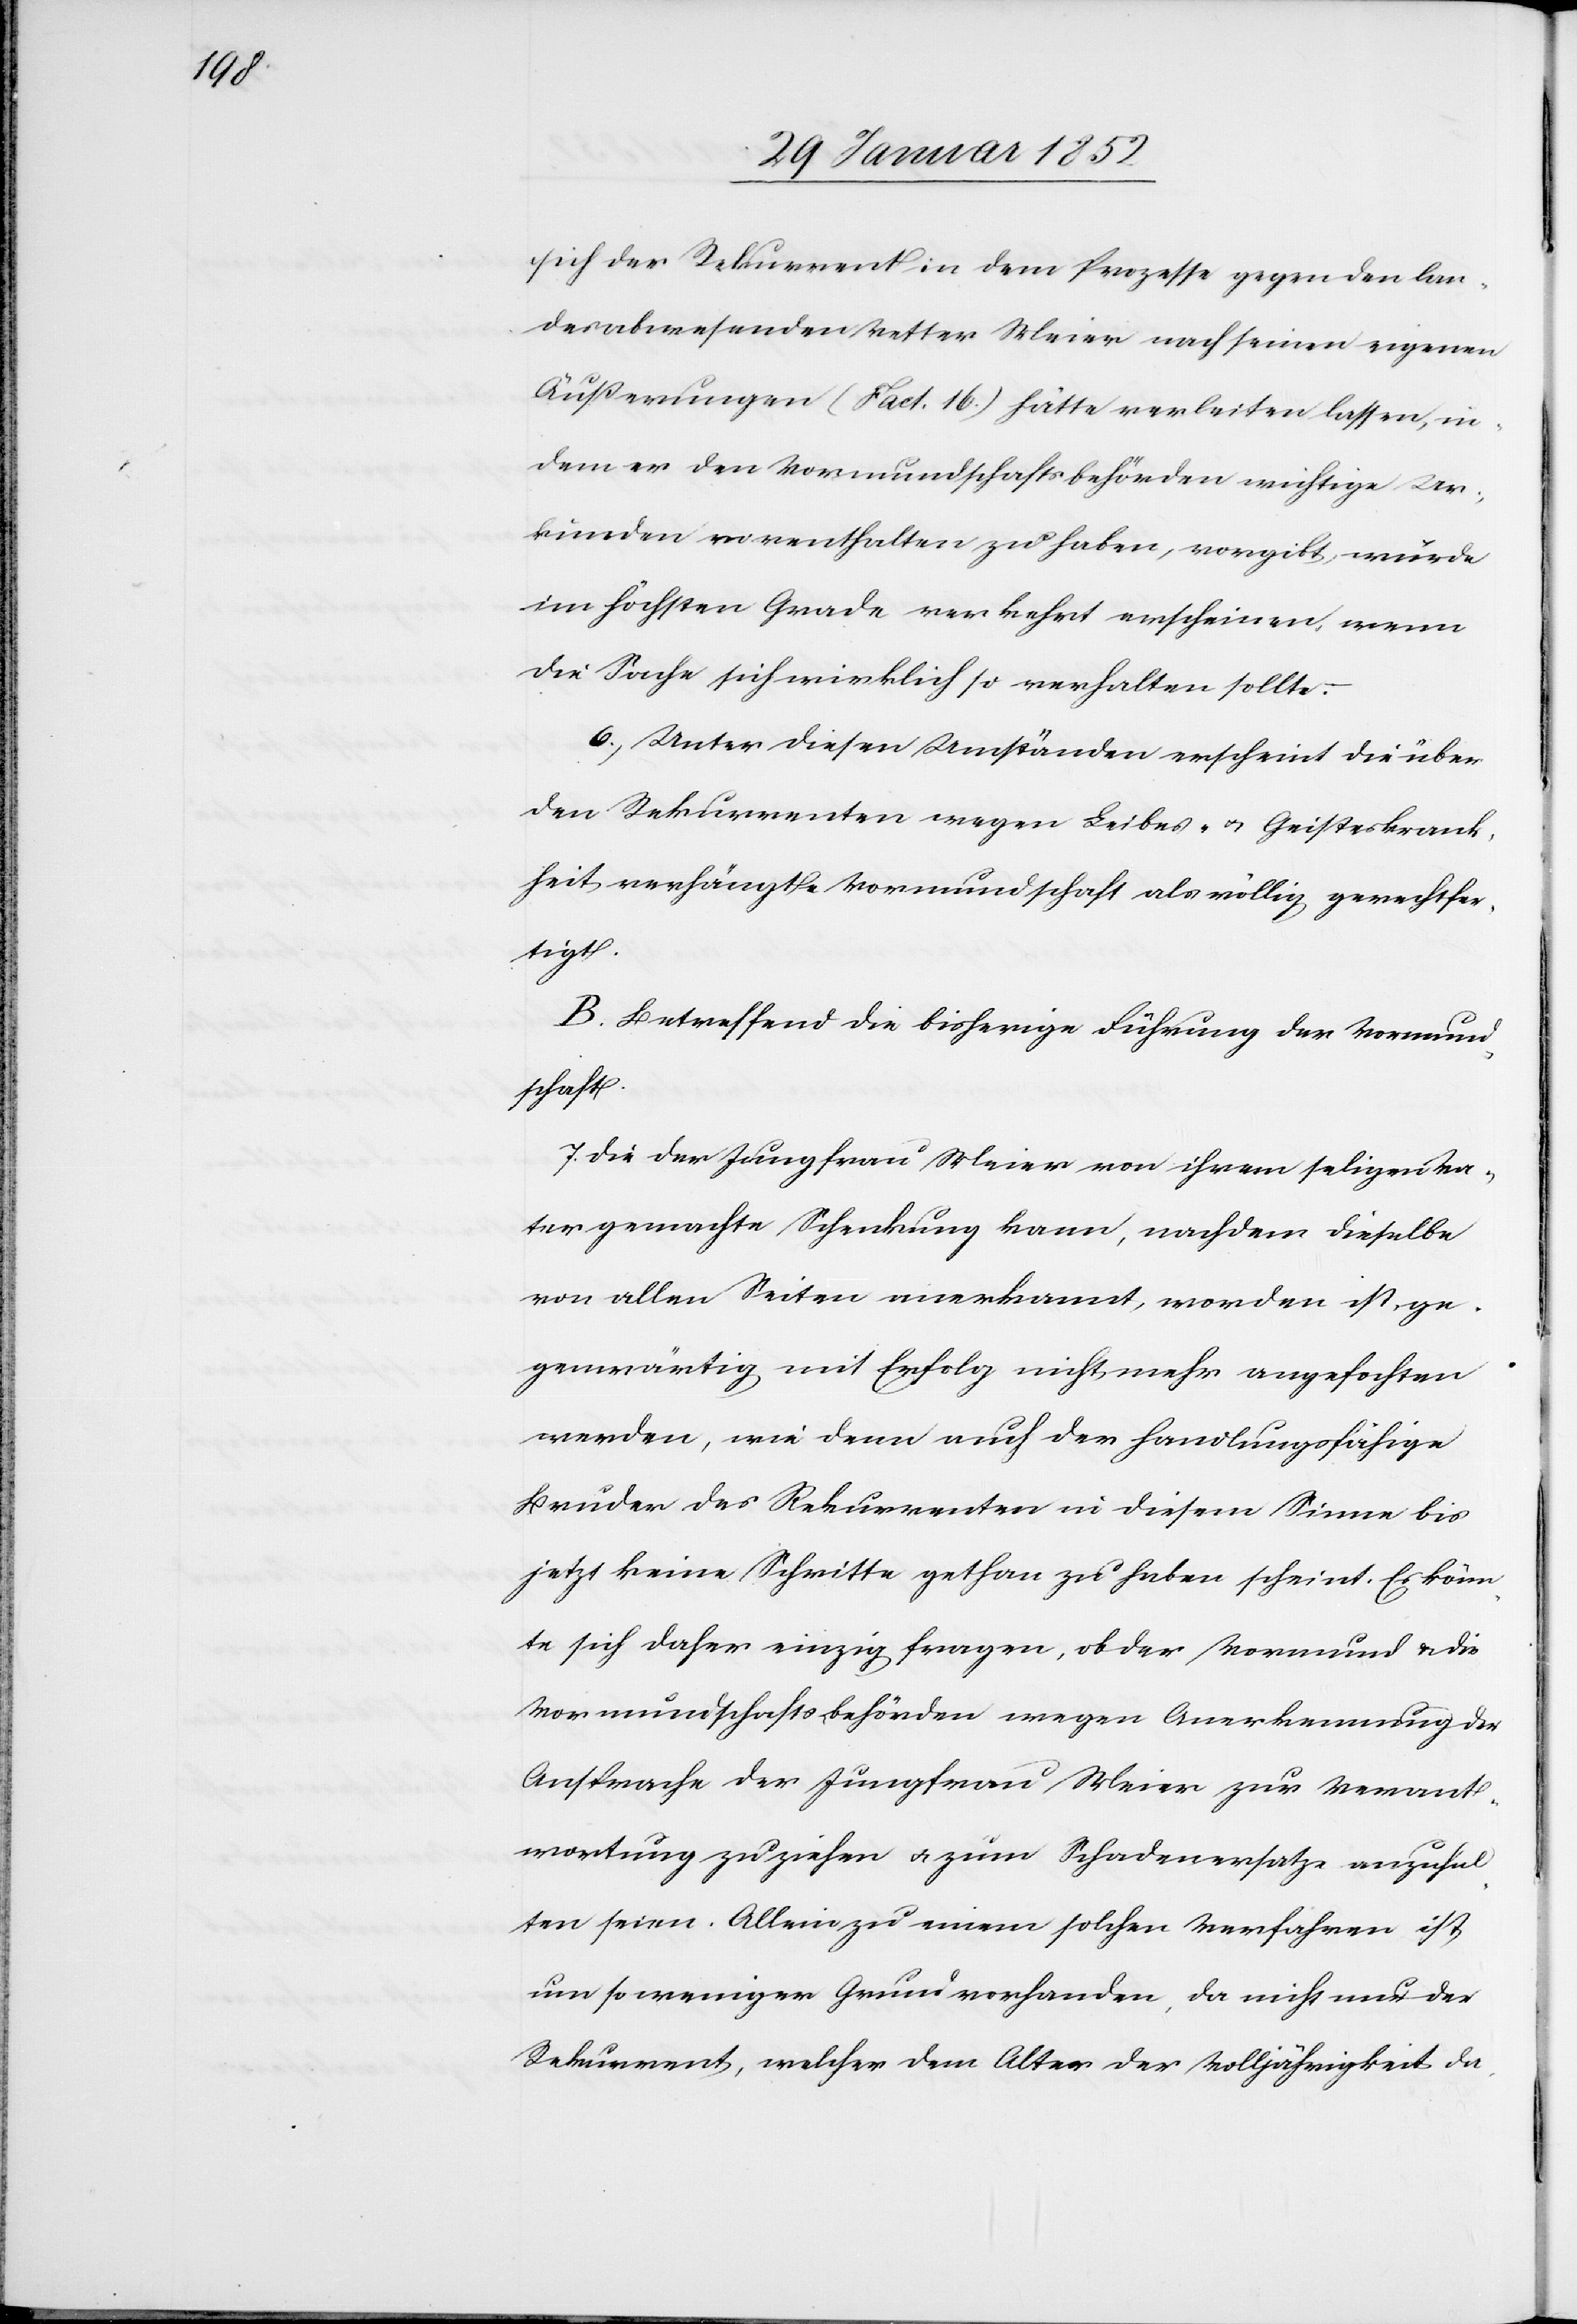
sich der Rekurrent in dem Prozesse gegen den lan¬
desabwesenden Vetter Meier nach seinen eigenen
Äußerungen (Fact. 16.) hätte verleiten lassen, in¬
dem er den Vormundschaftsbehörden wichtige Ur¬
kunden vorenthalten zu haben, vorgibt, würde
im höchsten Grade verkehrt erscheinen, wenn
die Sache sich wirklich so verhalten sollte.
6.) Unter diesen Umständen erscheint die über
den Rekurrenten wegen Leibes- u. Geisteskrank¬
heit, verhängte Vormundschaft als völlig gerechtfer¬
tigt.
B. Betreffend die bisherige Führung der Vormund¬
schaft
7. Die der Jungfrau Meier von ihrem seligen Va¬
ter gemachte Schenkung kann, nachdem dieselbe
von allen Seiten anerkannt worden ist, ge¬
genwärtig mit Erfolg nicht mehr angefochten
werden, wie denn auch der handlungsfähige
Bruder des Rekurrenten in diesem Sinne bis
jetzt keine Schritte gethan zu haben scheint. Es könn¬
te sich daher einzig fragen, ob der Vormund u. die
Vormundschaftsbehörden wegen Anerkennung der
Ansprache der Jungfrau Meier zur Verant¬
wortung zu ziehen u. zum Schadenersatze anzuhal¬
ten seien. Allein zu einem solchen Verfahren ist,
um so weniger Grund vorhanden, da nicht nur der
Rekurrent, welcher dem Alter her der Volljährigkeit da-